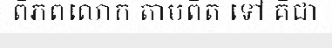
ពិភពលោក តាមពិត ទៅ គឺជា